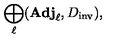
\bigoplus _ { \ell } ( { \bf A d j } _ { \ell } , D _ { \mathrm { i n v } } ) ,